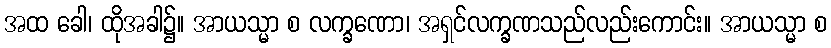
အထ ခေါ၊ ထိုအခါ၌။ အာယသ္မာ စ လက္ခဏော၊ အရှင်လက္ခဏသည်လည်းကောင်း။ အာယသ္မာ စ